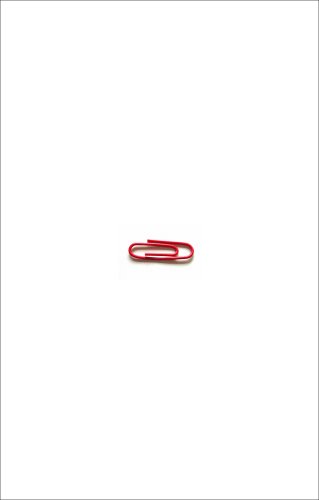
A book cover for One Red Paperclip: Or How an Ordinary Man Achieved His Dream with the Help of a Simple Office Supply; Kyle MacDonald; Humor & Entertainment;